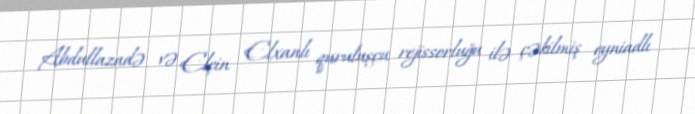
Abdullazadə və Elçin Elxanlı quruluşçu rejissorluğu ilə çəkilmiş eyniadlı